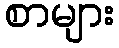
စာများ